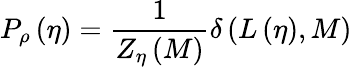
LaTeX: P_{\rho}\left(\eta\right)=\frac{1}{Z_{\eta}\left(M\right)}\delta\left(L\left(\eta\right),M\right)